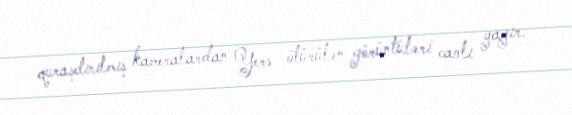
quraşdırılmış kameralardan Yerə ötürülən görüntüləri canlı yayır.